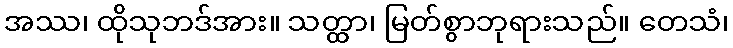
အဿ၊ ထိုသုဘဒ်အား။ သတ္ထာ၊ မြတ်စွာဘုရားသည်။ တေသံ၊